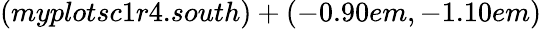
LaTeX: (myplotsc1r4.south)+(-0.90em,-1.10em)